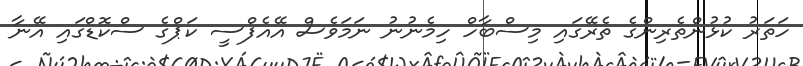
ހަތަރު ކުޅުންތެރިންގެ ތެރޭގައި މިސްބާހް ހިމެނުނު ނަމަވެސް އޭއެފްސީ ކަޕްގެ ސްކޮޑްގައި އޭނާ